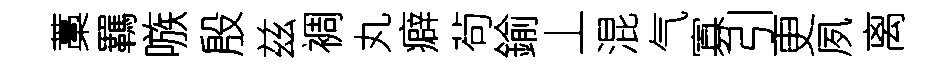
藁羈嗾殷兹裯丸癖茍鍮丄混气寡引更夙离